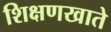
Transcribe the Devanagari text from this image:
शिक्षणखाते